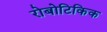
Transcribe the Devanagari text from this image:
रोबोटिकिक